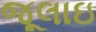
જૂલાઇ